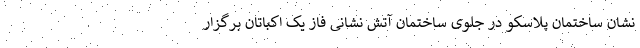
نشان ساختمان پلاسکو در جلوی ساختمان آتش نشانی فاز یک اکباتان برگزار